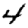
Digit: 4